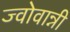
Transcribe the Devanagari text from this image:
ज्वोवान्नी